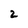
Character: 2